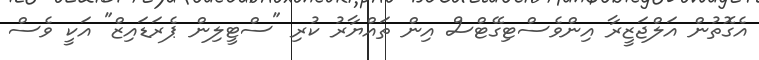
އެގޮތުން އަލްޖަޒީރާ އިންވެސްޓިގޭޓްސް އިން ތައްޔާރު ކުރި "ސްޓީލިން ޕެރަޑައިޒް" އަކީ ވެސް